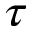
\tau